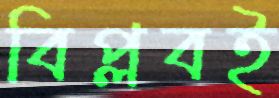
বিপ্লবই